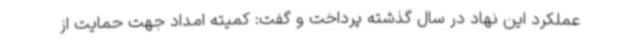
عملکرد این نهاد در سال گذشته پرداخت و گفت: کمیته امداد جهت حمایت از